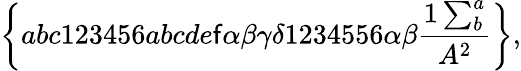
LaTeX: \left\{ abc123456abcde\mathsf{f}\alpha\beta\gamma\delta1234556\alpha\beta\frac{{1\sum_{b}^{a}}}{{A^{2}}}\right\} ,